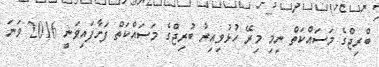
ބްރިޖްގެ މަސައްކަތް ނިމި މިރޭ ހުޅުވިއިރު ބުރިޖްގެ މަސައްކަތް ފަށާފައިވަނީ 2016 ވަނަ